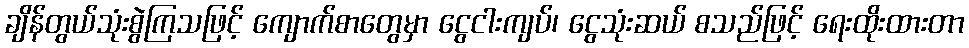
ချိန်တွယ်သုံးစွဲကြသဖြင့် ကျောက်စာတွေမှာ ငွေငါးကျပ်၊ ငွေသုံးဆယ် စသည်ဖြင့် ရေးထိုးထားတာ